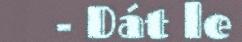
- Dát le